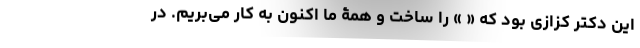
این دکتر کزازی بود که « » را ساخت و همۀ ما اکنون به کار می‌بریم. در